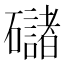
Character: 䃴